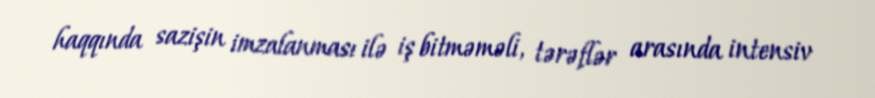
haqqında sazişin imzalanması ilə iş bitməməli, tərəflər arasında intensiv